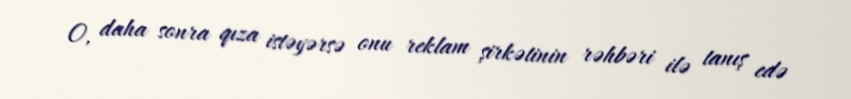
O, daha sonra qıza istəyərsə onu reklam şirkətinin rəhbəri ilə tanış edə